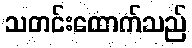
သတင်းထောက်သည်